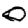
Digit: 0